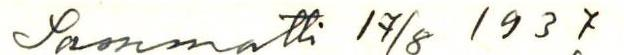
Sammatti 17/8 1937